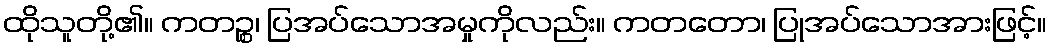
ထိုသူတို့၏။ ကတဉ္စ၊ ပြအပ်သောအမှုကိုလည်း။ ကတတော၊ ပြုအပ်သောအားဖြင့်။